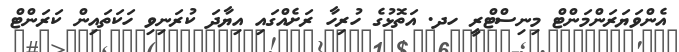
އެންވަޔަރަންމަންޓް މިނިސްޓްރީ ހދ. އަތޮޅުގެ ހުރިހާ ރަށެއްގައި އިޔާދަ ކުރަނިވި ހަކަތައިން ކަރަންޓް